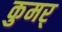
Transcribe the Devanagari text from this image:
कुमर्